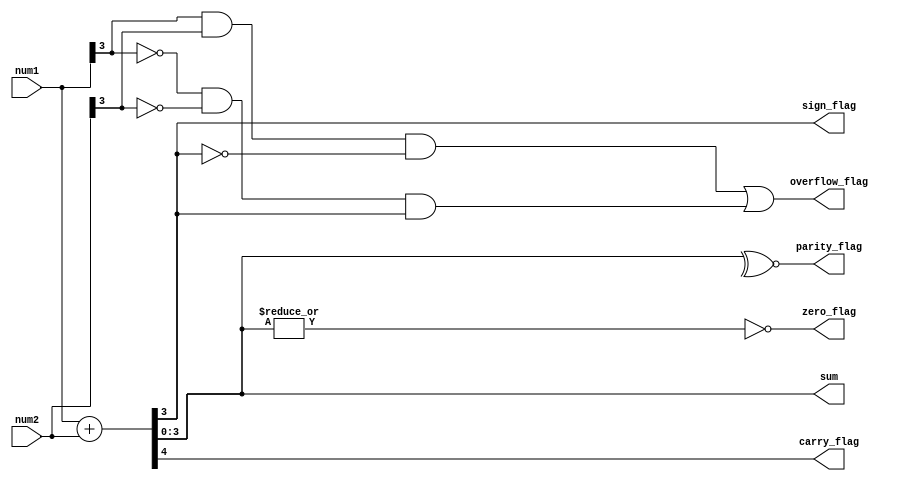
module fulladder #(parameter N = 4) (
  input [N-1:0] num1,
  input [N-1:0] num2,
  output [N-1:0] sum,
  output carry_flag,
  output overflow_flag,
  output parity_flag,
  output zero_flag,
  output sign_flag
);

assign {carry_flag, sum} = num1 + num2;
assign sign_flag = sum[N-1];
assign parity_flag = ~^sum;
assign zero_flag = ~|sum;
assign overflow_flag = (num1[N-1] & num2[N-1] & ~sum[N-1]) | (~num1[N-1] & ~num2[N-1] & sum[N-1]); 

endmodule